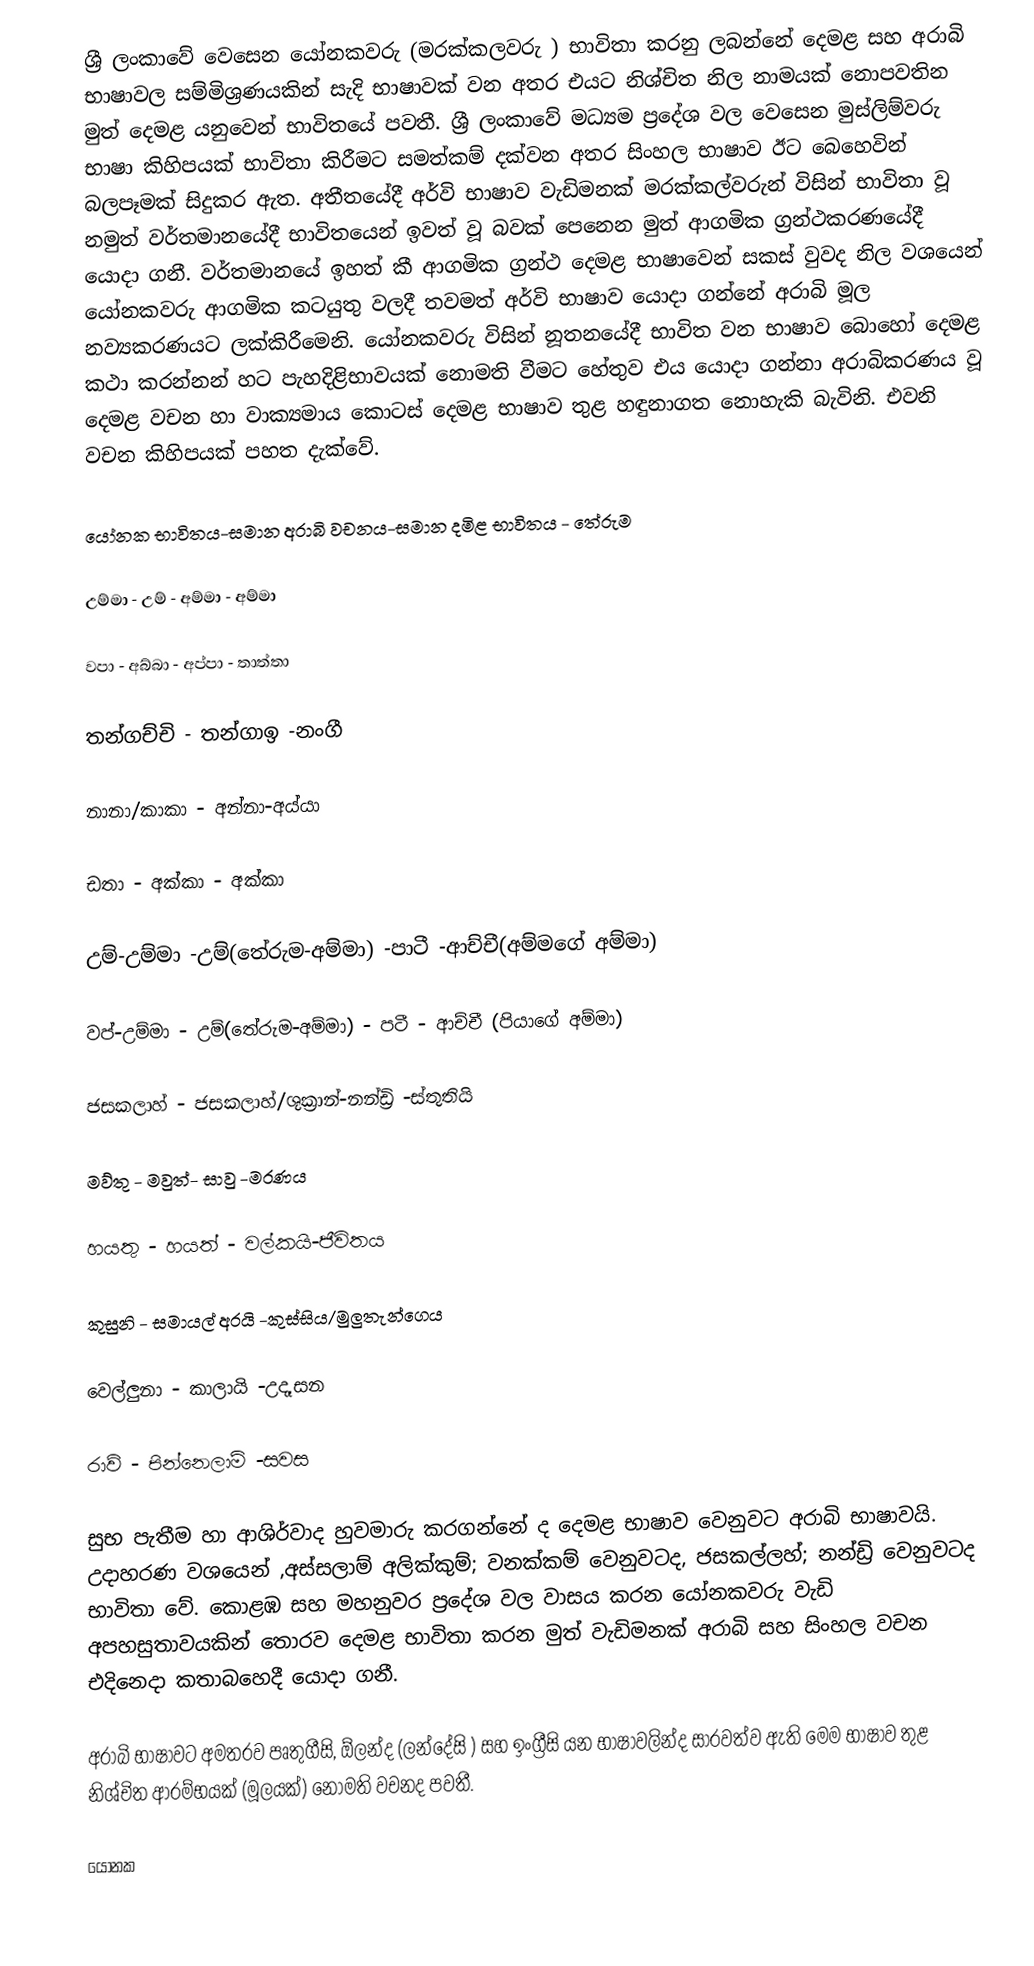
ශ්‍රී ලංකාවේ වෙසෙන යෝනකවරු (මරක්කලවරු ) භාවිතා කරනු ලබන්නේ දෙමළ සහ අරාබි භාෂාවල සම්මිශ්‍රණයකින් සැදි භාෂාවක් වන අතර එයට නිශ්චිත නිල නාමයක් නොපවතින මුත් දෙමළ යනුවෙන් භාවිතයේ පවතී. ශ්‍රී ලංකාවේ මධ්‍යම ප්‍රදේශ වල වෙසෙන මුස්ලිම්වරු භාෂා කිහිපයක් භාවිතා කිරීමට සමත්කම් දක්වන අතර සිංහල භාෂාව ඊට බෙහෙවින් බලපෑමක් සිදුකර ඇත. අතීතයේදී අර්වි භාෂාව වැඩිමනක් මරක්කල්වරුන්  විසින් භාවිතා වූ නමුත්  වර්තමානයේදී භාවිතයෙන්  ඉවත් වූ බවක් පෙනෙන මුත් ආගමික ග්‍රන්ථකරණයේදී යොදා ගනී.  වර්තමානයේ ඉහත් කී ආගමික ග්‍රන්ථ දෙමළ භාෂාවෙන් සකස් වුවද නිල වශයෙන් යෝනකවරු ආගමික කටයුතු වලදී තවමත් අර්වි භාෂාව යොදා ගන්නේ අරාබි මූල නව්‍යකරණයට ලක්කිරීමෙනි. යෝනකවරු විසින් නූතනයේදී භාවිත වන භාෂාව බොහෝ දෙමළ කථා කරන්නන් හට පැහදිළිභාවයක් නොමති වීමට හේතුව එය යොදා ගන්නා අරාබිකරණය වූ දෙමළ වචන හා වාක්‍යමාය කොටස් දෙමළ භාෂාව තුළ හඳුනාගත නොහැකි බැවිනි. එවනි වචන කිහිපයක් පහත දැක්වේ.

යෝනක භාවිතය-සමාන අරාබි වචනය-සමාන දමිළ භාවිතය - තේරුම

උම්මා - උම් - අම්මා - අම්මා

වපා	- අබ්බා - අප්පා	- තාත්තා

තන්ගච්චි - තන්ගාඉ -නංගී

නානා/කාකා - 	අන්නා-අය්යා

ඩතා	- අක්කා - අක්කා

උම්-උම්මා -උම්(තේරුම-අම්මා) -පාටී -ආච්චී(අම්මගේ අම්මා)

වප්-උම්මා - උම්(තේරුම-අම්මා) - පටී - ආච්චී (පියාගේ අම්මා)

ජසකලාහ් - ජසකලාහ්/ශුක්‍රාන්-නන්ඩ්‍රි -ස්තුතියි

මව්තු - මවුත්- සාවු -මරණය

හයතු - හයත් - වල්කයි-ජීවිතය

කුසුනි - සමායල් අරයි -කුස්සිය/මුලුතැන්ගෙය

වෙල්ලුනා - කාලායි 	-උදෑසන

රාව්	- පින්නෙලාම් -සවස

සුභ පැතීම හා ආශිර්වාද හුවමාරු කරගන්නේ ද දෙමළ භාෂාව වෙනුවට අරාබි භාෂාවයි. උදාහරණ වශයෙන් ,අස්සලාම් අලික්කුම්; වනක්කම් වෙනුවටද, ජසකල්ලහ්; නන්ඩ්‍රි වෙනුවටද භාවිතා වේ. කොළඹ සහ මහනුවර ප්‍රදේශ වල වාසය කරන යෝනකවරු වැඩි අපහසුතාවයකින් තොරව දෙමළ භාවිතා කරන මුත් වැඩිමනක් අරාබි සහ සිංහල වචන එදිනෙදා කතාබහෙදී යොදා ගනී.

අරාබි භාෂාවට අමතරව පෘතුගීසි, ඕලන්ද (ලන්දේසි ) සහ ඉංග්‍රීසි යන භාෂාවලින්ද සාරවත්ව ඇති මෙම භාෂාව තුළ නිශ්චිත ආරම්භයක් (මූලයක්) නොමති වචනද පවතී.

යෝනක